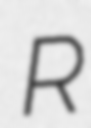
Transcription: R